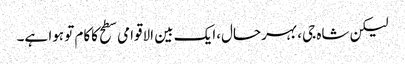
لیکن شاہ جی، بہرحال،ایک بین الاقوامی سطح کاکام تو ہوا ہے۔